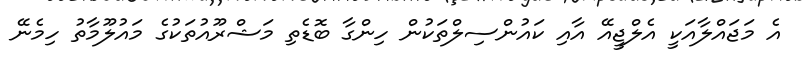
އެ މަޖައްލާއަކީ އެލްޖީއޭ އާއި ކައުންސިލްތަކުން ހިންގާ ބޮޑެތި މަޝްރޫއުތަކުގެ މައުލޫމާތު ހިމެނޭ